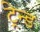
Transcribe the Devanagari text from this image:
ट्रेन्ड